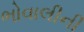
ભોવાલીની